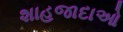
શાહજાદાઓ